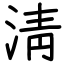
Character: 淸